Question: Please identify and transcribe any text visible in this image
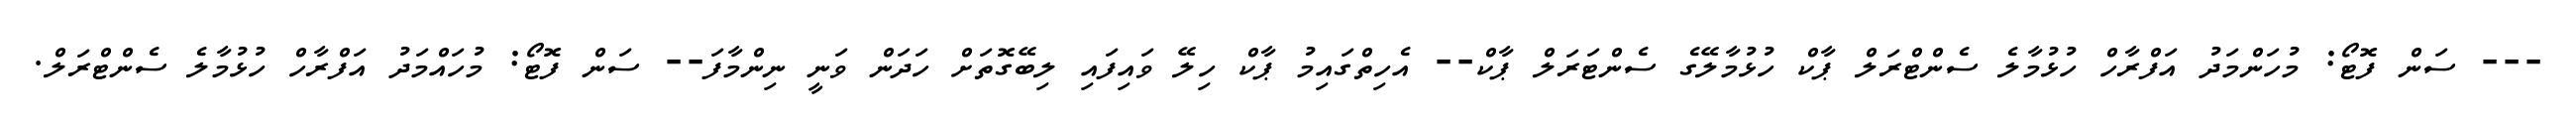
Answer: --- ސަން ފޮޓޯ: މުހަންމަދު އަފްރާހް ހުޅުމާލެ ސެންޓްރަލް ޕާކް ހުޅުމާލޭގެ ސެންޓަރަލް ޕާކް-- އެހިތްގައިމު ޕާކް ހިލޭ ވައިފައި ލިބޭގޮތަށް ހަދަން ވަނީ ނިންމާފަ-- ސަން ފޮޓޯ: މުހައްމަދު އަފްރާހް ހުޅުމާލެ ސެންޓްރަލް.